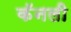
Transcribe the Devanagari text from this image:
कॅनली